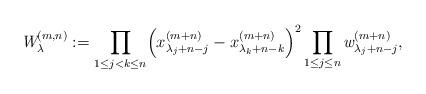
LaTeX: \begin{align*} \emph{W}^{(m,n)}_{{\lambda}} := \prod_{1\leq j<k\leq n} \Bigl(x^{(m+n)}_{\lambda_j+n-j}-x^{(m+n)}_{\lambda_k+n-k} \Bigr)^2 \prod_{1\leq j\leq n} \emph{w}^{(m+n)}_{{\lambda}_j+n-j} ,\end{align*}